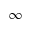
\infty